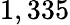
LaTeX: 1,335